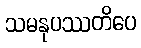
သမနုပဿတိပေ